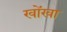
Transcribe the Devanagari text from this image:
खोंखा